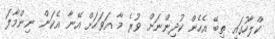
ކްލާހުގައި ތިބޭ އެހެން ކުދިންނަށް ވުރެ މާ އަވަހަށް އޭނާ އެކަން ނިންމާލަ